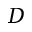
D